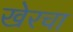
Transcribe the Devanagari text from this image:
खेरचा